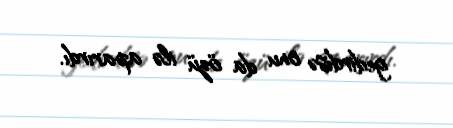
gedirdisə onu da özü ilə aparırdı.